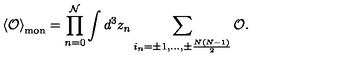
\left< { \cal O } \right> _ { \mathrm { m o n } } = \prod _ { n = 0 } ^ { \cal N } \int d ^ { 3 } z _ { n } \sum _ { i _ { n } = \pm 1 , \ldots , \pm \frac { N ( N - 1 ) } { 2 } } ^ { } { \cal O } .